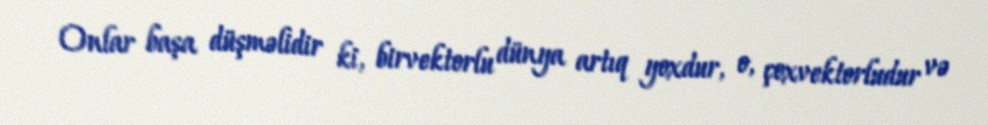
Onlar başa düşməlidir ki, birvektorlu dünya artıq yoxdur, o, çoxvektorludur və